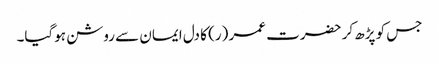
جس کو پڑھ کر حضرت عمر (ر) کا دل ایمان سے روشن ہوگیا۔